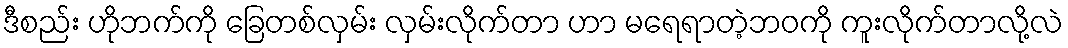
ဒီစည်း ဟိုဘက်ကို ခြေတစ်လှမ်း လှမ်းလိုက်တာ ဟာ မရေရာတဲ့ဘဝကို ကူးလိုက်တာလို့လဲ